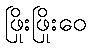
ဖြိုးဖြိုးဝေ